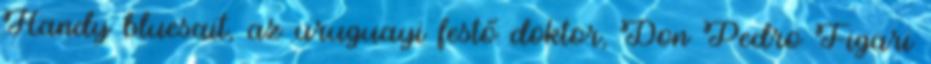
Handy bluesait, az uruguayi festő doktor, Don Pedro Figari